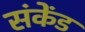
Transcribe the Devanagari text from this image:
संकेंड